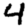
Digit: 4